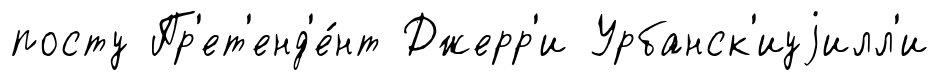
посту Пр'ет'енд'е́нт Джерр'и Урбанск'иуjилл'и